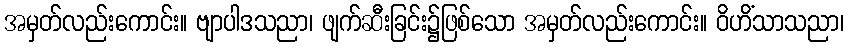
အမှတ်လည်းကောင်း။ ဗျာပါဒသညာ၊ ဖျက်ဆီးခြင်း၌ဖြစ်သော အမှတ်လည်းကောင်း။ ဝိဟိံသာသညာ၊